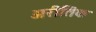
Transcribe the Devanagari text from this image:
अरीतिक